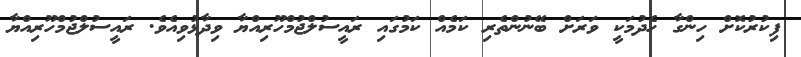
ފިކުރުކޮށް ހިންގާ ހެދުމަކީ ވަރަށް ބޭނުންތެރި ކަމެއް ކަމުގައި ރައީސުލްޖުމްހޫރިއްޔާ ވިދާޅުވިއެވެ. ރައީސުލްޖުމްހޫރިއްޔާ